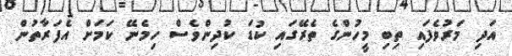
އަދި މަރުވެފައި ތިބި މީހުންގެ ތެރޭގައި ކުޑަ ކުދިންވެސް ހިމެނޭ ކަމަށް އެފަރާތުން